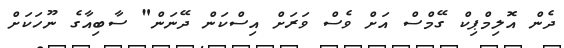
ދެން އޮލިމްޕިކް ގޭމްސް އަށް ވެސް ވަރަށް އިސްކަން ދޭނަން" ސާބިއާގެ ނޫހަކަށް